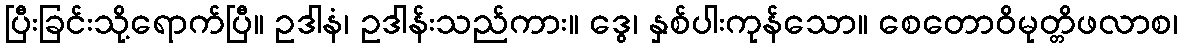
ပြီးခြင်းသို့ရောက်ပြီ။ ဥဒါနံ၊ ဥဒါန်းသည်ကား။ ဒွေ၊ နှစ်ပါးကုန်သော။ စေတောဝိမုတ္တိဖလာစ၊